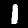
Digit: 1